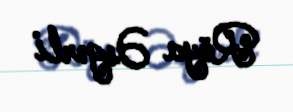
Röya Əsgərli